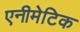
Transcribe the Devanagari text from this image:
एनीमेटिक